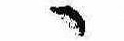
ゝ